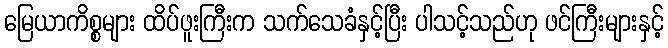
မြေယာကိစ္စများ ထိပ်ဖူးကြီးက သက်သေခံနှင့်ပြီး ပါသင့်သည်ဟု ဖင်ကြီးများနှင့်